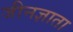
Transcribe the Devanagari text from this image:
जीनज्ञाता